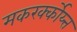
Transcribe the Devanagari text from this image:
मकरर्क्कोय्त्त